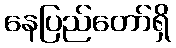
နေပြည်တော်ရှိ